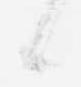
候